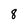
Character: 8